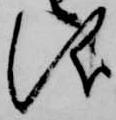
儀